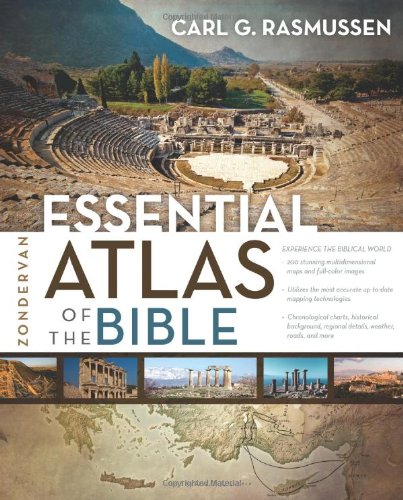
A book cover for Zondervan Essential Atlas of the Bible; Carl G. Rasmussen; Christian Books & Bibles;